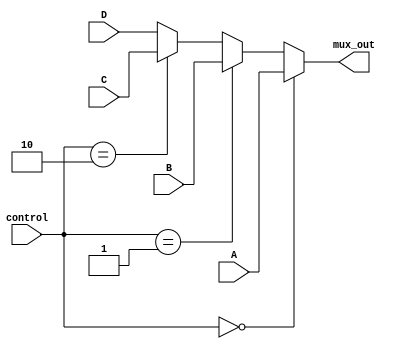
module Mux3_N 
#(parameter N=32)
(
 input [N-1:0] A, B, C, D,
 input [1:0] control,
 output [N-1:0] mux_out
);

 assign mux_out = (control==2'b00) ? A: (control==2'b01) ? B: (control==2'b10) ? C:D;
endmodule